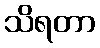
သိရတာ